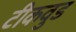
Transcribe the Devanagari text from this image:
टीकवुड